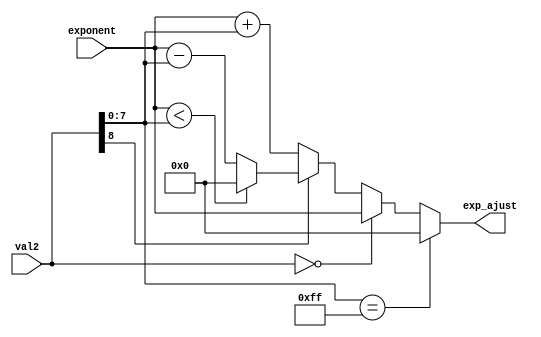
`timescale 1ns / 1ps
//////////////////////////////////////////////////////////////////////////////////
// Company: 
// Engineer: 
// 
// Design Name: 
// Module Name: ajust_exp
// Project Name: 
// Target Devices: 
// Tool Versions: 
// Description: 
// 
// Dependencies: 
// 
// Revision:
// Revision 0.01 - File Created
// Additional Comments:
// 
//////////////////////////////////////////////////////////////////////////////////


module ajust_exp(
    input [8:0]val2,
    input [7:0]exponent,
    output [7:0]exp_ajust
    );

    reg [8:0]v2;
    reg [7:0]exp;

    always @(*)
    begin
        v2 = val2;
        if(v2[7:0] == 8'hff)//toti bitii pe 1
            begin
                exp = 0;
            end
        else
            if(v2 == 0)//deja normalizat
                begin
                    exp = exponent;
                end
            else
                if(v2[8] == 1)//exponentul trebuie decrementat
                    begin
                        if(exponent < v2[7:0])
                            exp = 0;
                        else
                            exp = exponent - v2[7:0];
                    end
                else//exponentul trebuie incrementat
                    begin
                        exp = exponent + v2[7:0];
                    end
    end

    assign exp_ajust = exp;

endmodule